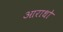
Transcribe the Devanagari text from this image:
आराधो